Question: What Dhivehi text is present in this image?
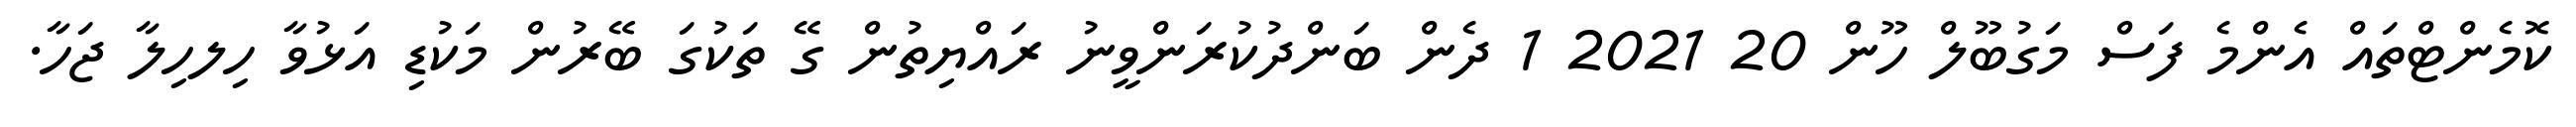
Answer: ކޮމެންޓްތައް އެންމެ ފަސް މަގުބޫލް ހޫން 20 2021 1 ދެން ބަންދުކުރަންވީނު ރައްޔިތުން ގޭ ތަކުގަ ބޭރުން މަކުޑި އަޅުވާ ހިލހިލާ ޖަހާ.